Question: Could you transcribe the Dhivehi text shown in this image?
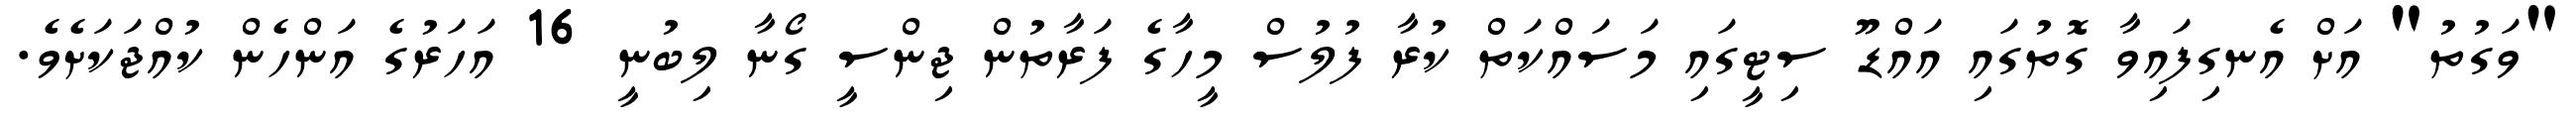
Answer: "ވަގުތު" އަށް އެނގިފައިވާ ގޮތުގައި އައްޑޫ ސިޓީގައި މަސައްކަތް ކުރާ ފުލުސް މީހާގެ ފަރާތުން ޖިންސީ ގޯނާ ލިބުނީ 16 އަހަރުގެ އަންހެން ކުއްޖަކަށެވެ.